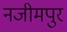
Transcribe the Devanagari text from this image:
नजीमपुर